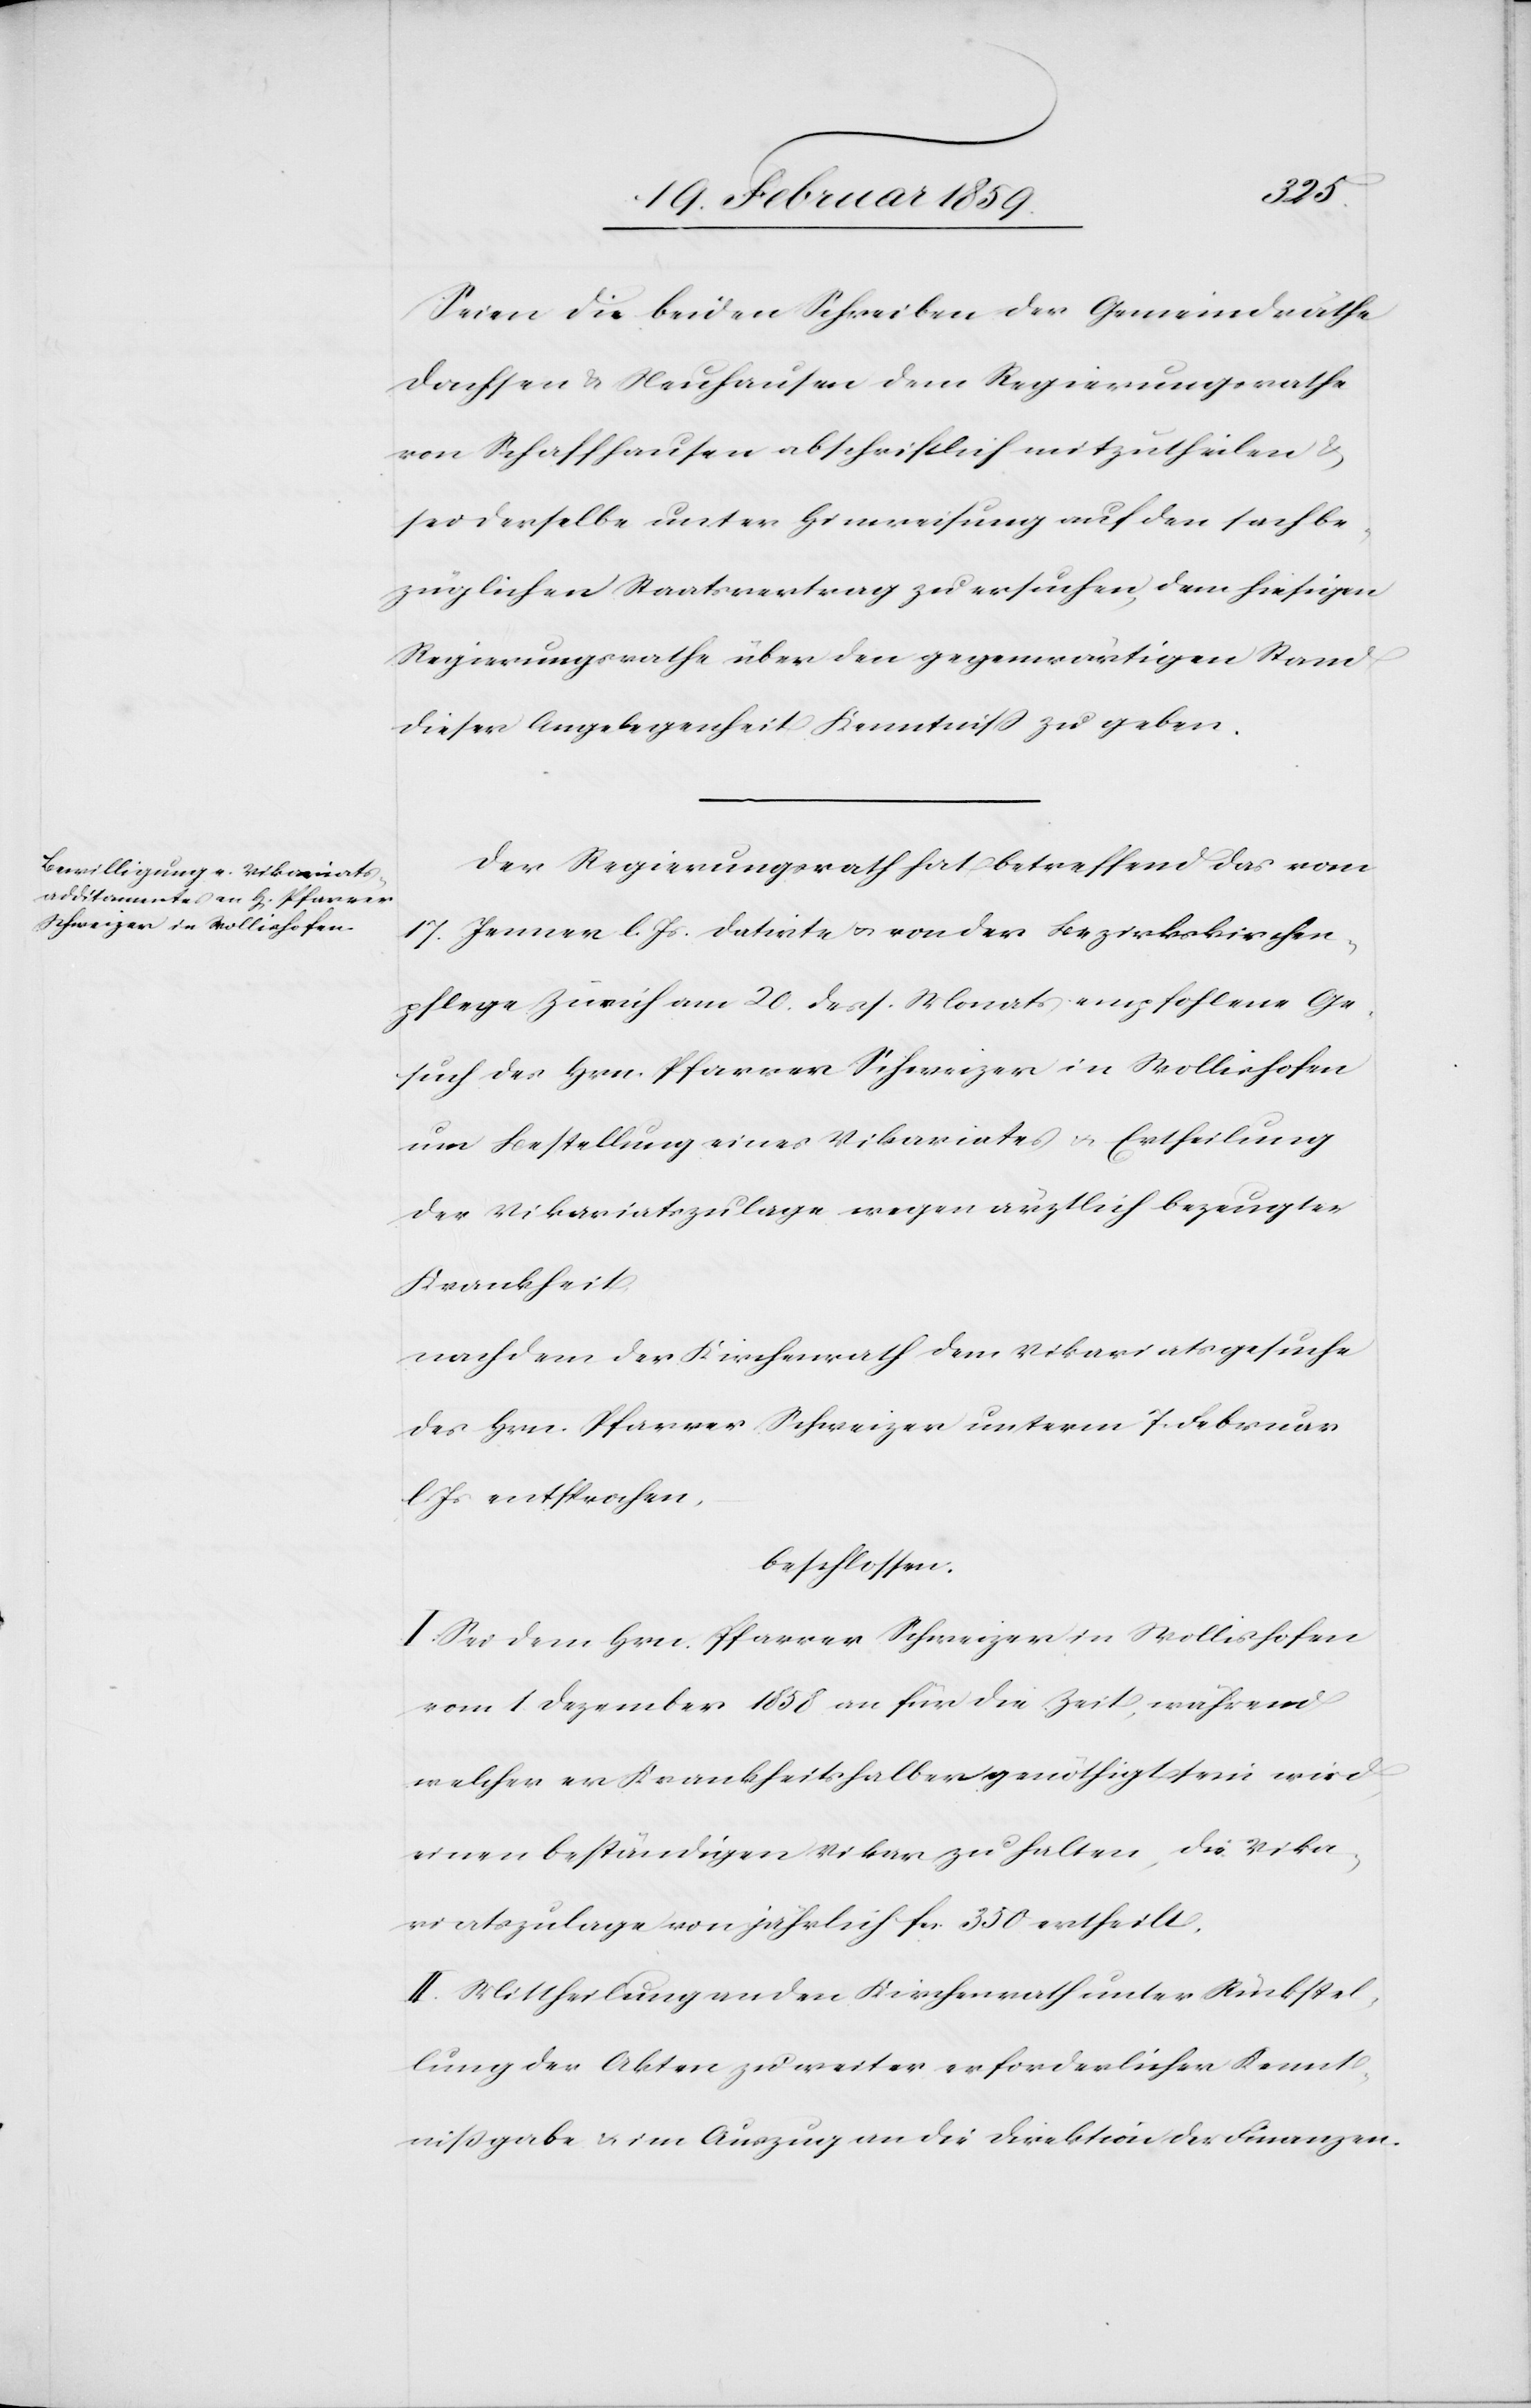
Seien die beiden Schreiben der Gemeinderäthe
Dachsen & Neuhausen dem Regierungsrathe
von Schaffhausen abschriftlich mitzutheilen &
sei derselbe unter Hinweisung auf den sachbe¬
züglichen Staatsvertrag zu ersuchen, dem hiesigen
Regierungsrathe über den gegenwärtigen Stand
dieser Angelegenheit Kenntniß zu geben.
Der Regierungsrath hat betreffend das vom
17. Jenner l. Js. datirte u. von der Bezirkskirchen¬
pflege Zürich am 20. dess. Monats empfohlene Ge¬
such des Hrn. Pfarrer Schweizer in Wollishofen
um Bestellung eines Vikariates u. Ertheilung
der Vikariatszulage wegen ärztlich bezeugter
Krankheit,
nachdem der Kirchenrath dem Vikariatsgesuche
des Hrn. Pfarrer Schweizer unterm 7. Februar
l. Js entsprochen,
beschlossen:
I. Sei dem Hrn. Pfarrer Schweizer in Wollishofen
vom 1. Dezember 1858 an für die Zeit, während
welcher er Krankheitshalber genöthigt sein wird,
einen beständigen Vikar zu halten, die Vika¬
riatszulage von jährlich fcs. 350 ertheilt.
II. Mittheilung an den Kirchenrath unter Rückstel¬
lung der Akten zu weiter erforderlicher Kennt¬
nißgabe & im Auszug an die Direktion der Finanzen.